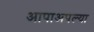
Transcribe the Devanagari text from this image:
आपाअपल्या